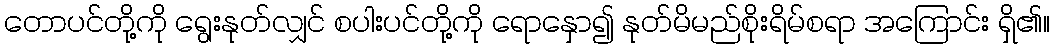
တောပင်တို့ကို ရွေးနုတ်လျှင် စပါးပင်တို့ကို ရောနှော၍ နုတ်မိမည်စိုးရိမ်စရာ အကြောင်း ရှိ၏။